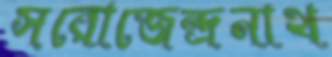
সরোজেন্দ্রনাথ